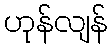
ဟုန်လျန်